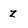
Character: z